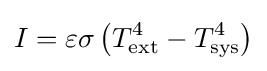
I=\varepsilon \sigma \left(T_{\text{ext}}^{4}-T_{\text{sys}}^{4}\right)